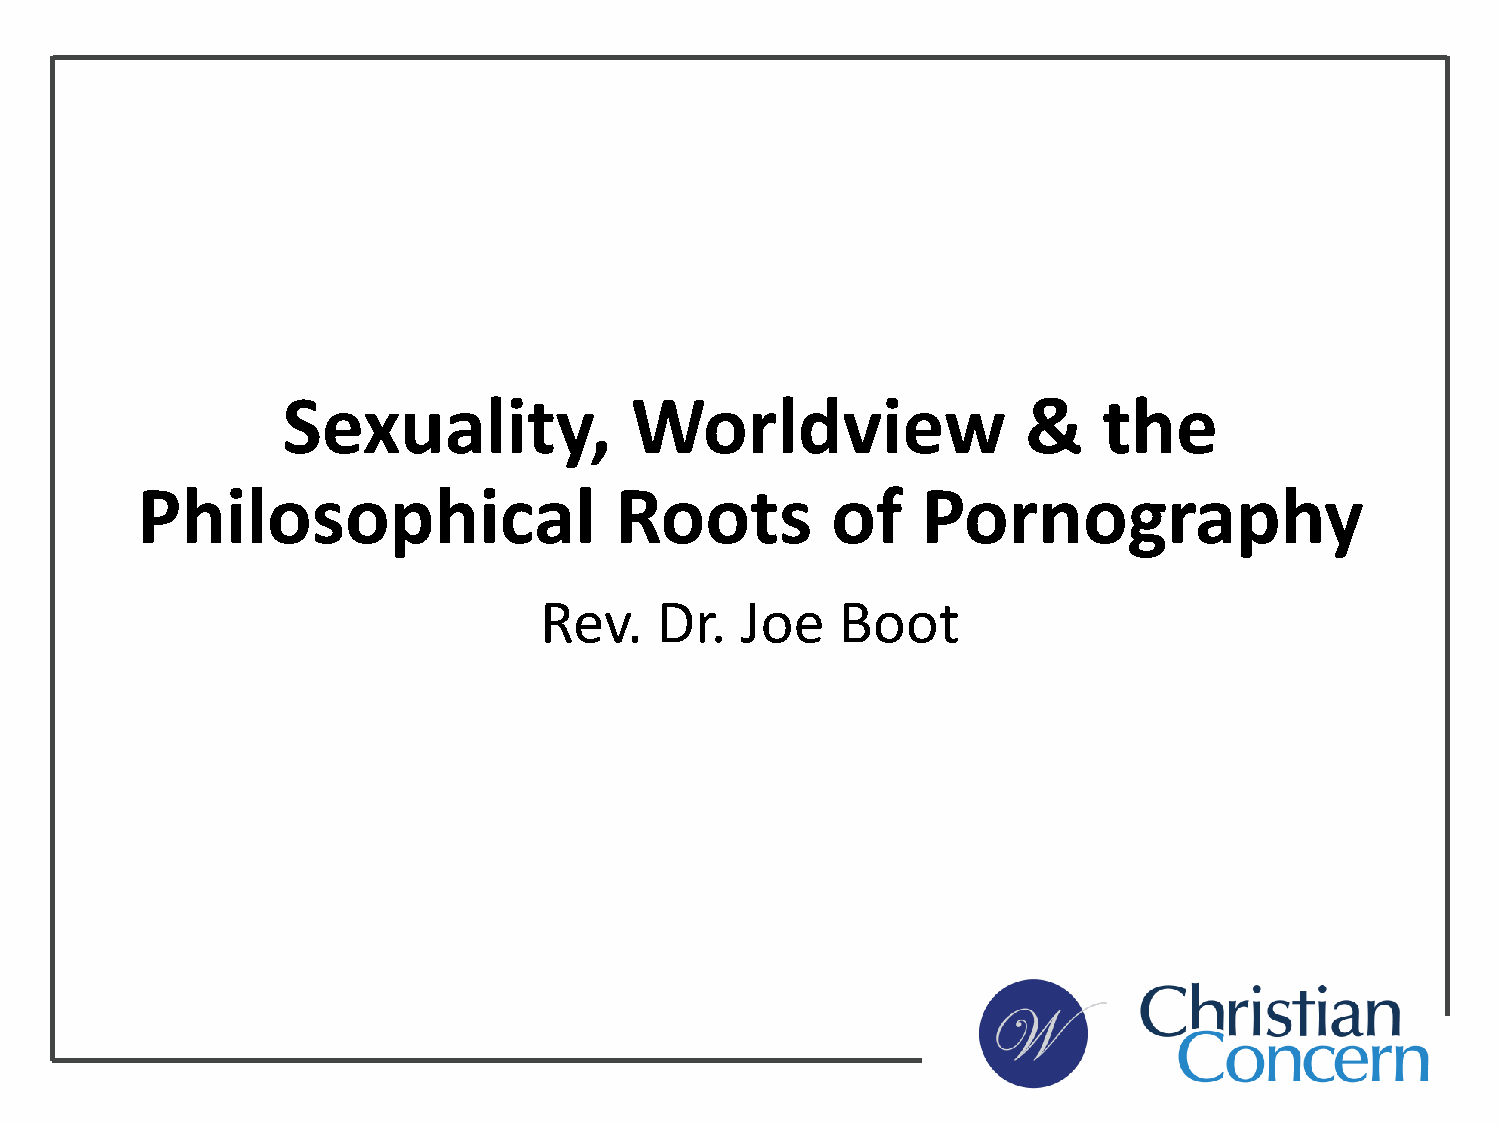
Sexuality,             Worldview                 &    the
 Philosophical                   Roots         of    Pornography
 Rev.   Dr.   Joe    Boot